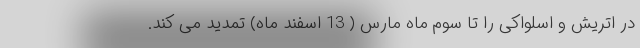
در اتریش و اسلواکی را تا سوم ماه مارس ( 13 اسفند ماه) تمدید می کند.